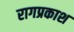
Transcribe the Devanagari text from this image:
रागप्रकाश